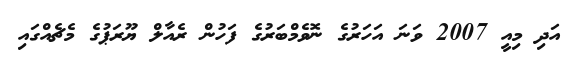
އަދި މިއީ 2007 ވަނަ އަހަރުގެ ނޮވެމްބަރުގެ ފަހުން ރެއާލް ޔޫރަޕުގެ މެޗެއްގައި